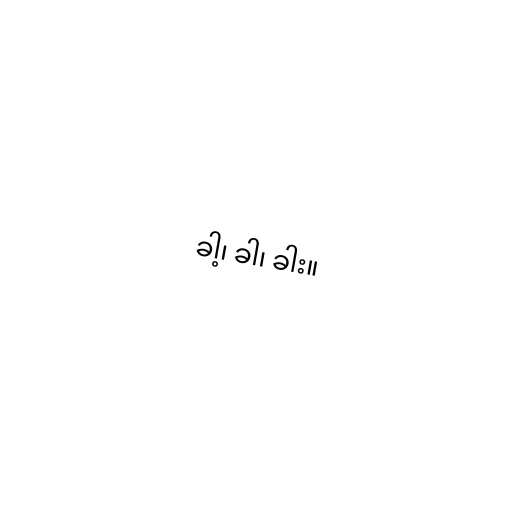
ခါ့၊ ခါ၊ ခါး။